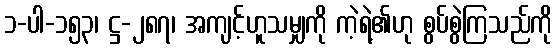
၁-ပါ-၁၅၃၊ ဋ္ဌ-၂၈၇၊ အကျင့်ဟူသမျှကို ကဲ့ရဲ့၏ဟု စွပ်စွဲကြသည်ကို